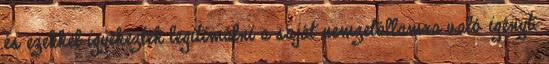
és ezekkel igyekeztek legitimálni a saját nemzetállamra való igényt.